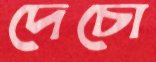
দেচো